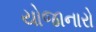
યોજાનારો